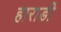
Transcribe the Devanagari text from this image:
हाराडी